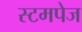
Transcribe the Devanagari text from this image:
स्टमपेज